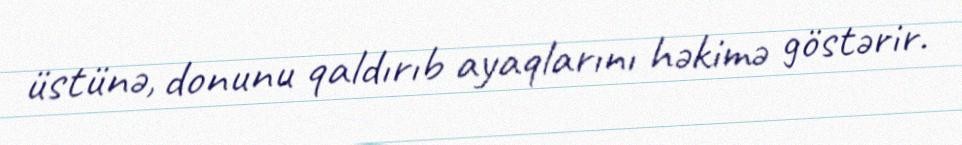
üstünə, donunu qaldırıb ayaqlarını həkimə göstərir.